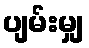
ပျမ်းမျှ